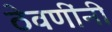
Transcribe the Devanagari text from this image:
ठेवणींनी